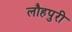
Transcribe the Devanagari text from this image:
लौहपुरी